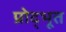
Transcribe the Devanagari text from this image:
प्रोद्भूत